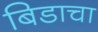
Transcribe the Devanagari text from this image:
बिडाचा